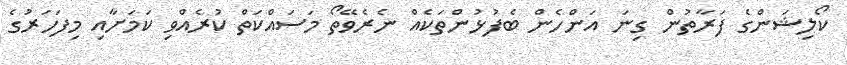
ކޯލިޝަންގެ ފަރާތުން ގިނަ އަންހެން ބެފުޅުންތަކެއް ނެރެވޭތޯ މަސައްކަތް ކުރެއްވި ކަމަށާއި މިފަހަރުގެ